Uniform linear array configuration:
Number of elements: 4
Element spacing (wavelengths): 1
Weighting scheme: blackman
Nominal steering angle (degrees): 0
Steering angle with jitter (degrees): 1.99
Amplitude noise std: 0.05
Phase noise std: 0.05

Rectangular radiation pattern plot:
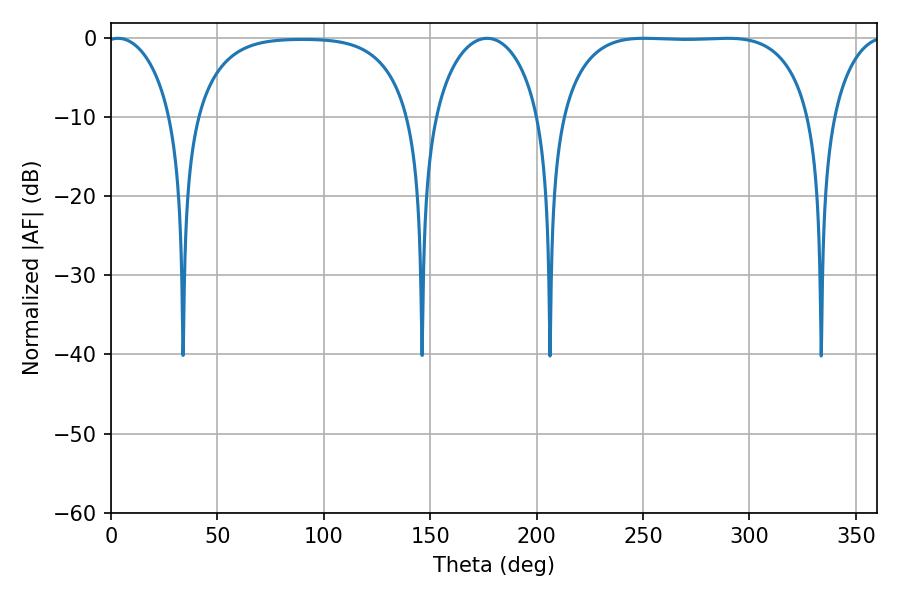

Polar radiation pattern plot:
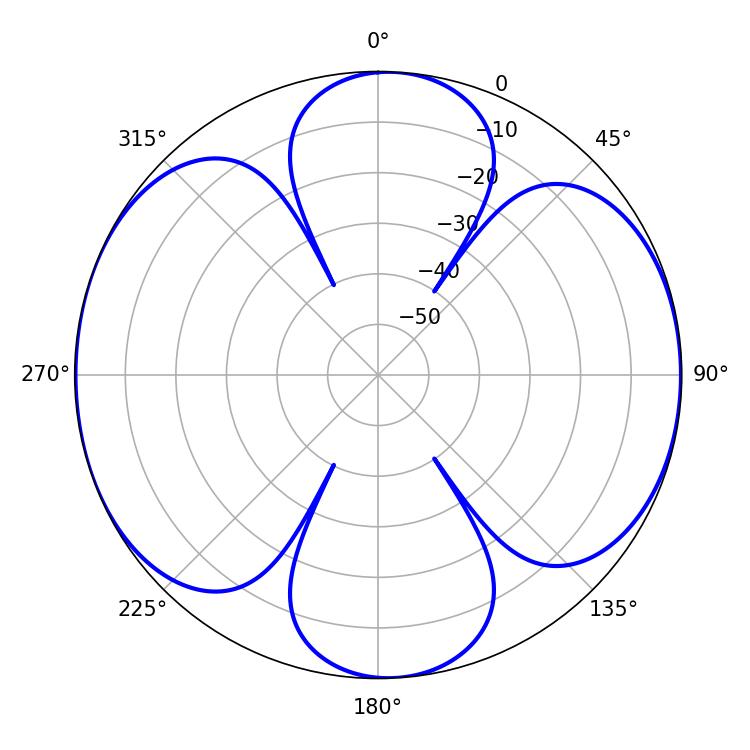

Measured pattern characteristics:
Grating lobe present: TRUE
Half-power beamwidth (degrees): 92.16
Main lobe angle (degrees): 250.56